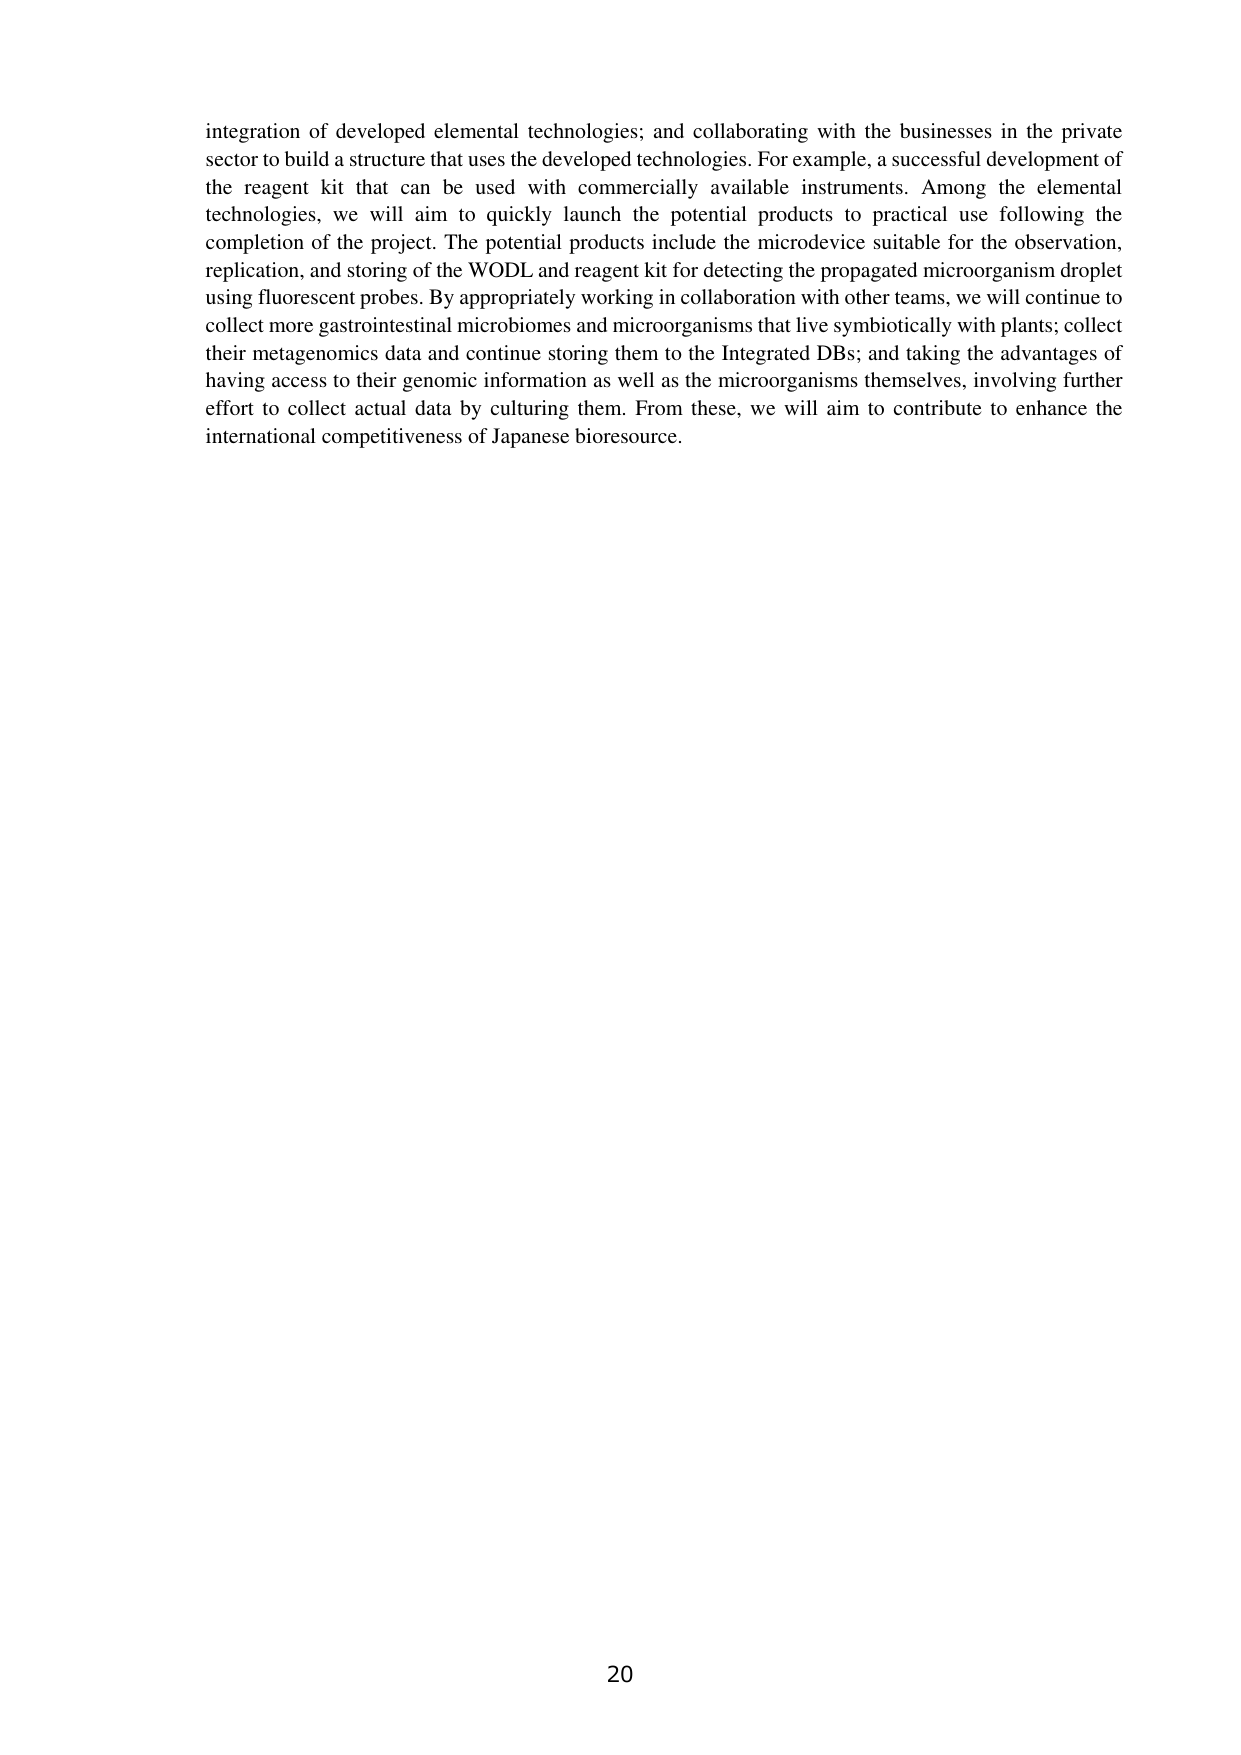
integration of developed elemental technologies; and collaborating with the businesses in the private sector to build a structure that uses the developed technologies. For example, a successful development of the reagent kit that can be used with commercially available instruments. Among the elemental technologies, we will aim to quickly launch the potential products to practical use following the completion of the project. The potential products include the microdevice suitable for the observation, replication, and storing of the WODL and reagent kit for detecting the propagated microorganism droplet using fluorescent probes. By appropriately working in collaboration with other teams, we will continue to collect more gastrointestinal microbiomes and microorganisms that live symbiotically with plants; collect their metagenomics data and continue storing them to the Integrated DBs; and taking the advantages of having access to their genomic information as well as the microorganisms themselves, involving further effort to collect actual data by culturing them. From these, we will aim to contribute to enhance the international competitiveness of Japanese bioresource.

20